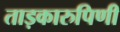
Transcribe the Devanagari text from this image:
ताड़कारुपिणी